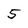
Character: 5